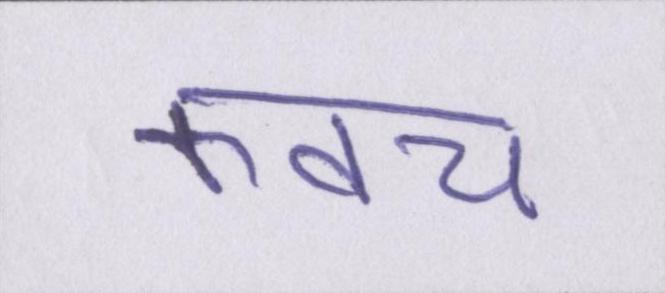
कवच